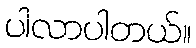
ပါလာပါတယ်။